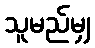
သူမည်မျှ